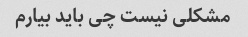
مشکلی نیست چی باید بیارم